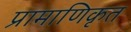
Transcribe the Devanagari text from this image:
प्रामाणिकृत